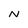
Character: N